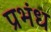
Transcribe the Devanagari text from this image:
प्रभंध